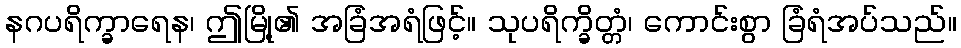
နဂပရိက္ခာရေန၊ ဤမြို့၏ အခြံအရံဖြင့်။ သုပရိက္ခိတ္တံ၊ ကောင်းစွာ ခြံရံအပ်သည်။